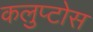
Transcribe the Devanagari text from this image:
कलुप्टोस